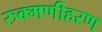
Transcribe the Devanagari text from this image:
रुक्मणीहरण